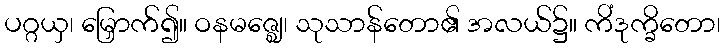
ပဂ္ဂယှ၊ မြှောက်၍။ ဝနမဇ္ဈေ၊ သုသာန်တော၏ အလယ်၌။ ကိံဒုက္ခိတော၊